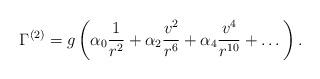
LaTeX: \begin{align*}\Gamma^{(2)}=g \left( \alpha_0 {1 \over r^2} +\alpha_2 { v^2 \over r^6} +\alpha_4 {v^4 \over r^{10}} +\dots \right).\end{align*}